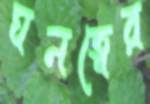
ঘনত্বের